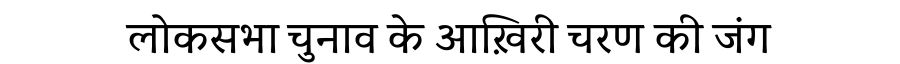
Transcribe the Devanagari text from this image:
लोकसभा चुनाव के आख़िरी चरण की जंग